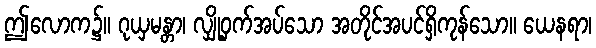
ဤလောက၌။ ဂုယှမန္တာ၊ လျှို့ဝှက်အပ်သော အတိုင်အပင်ရှိကုန်သော။ ယေနရာ၊